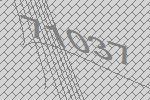
71037